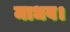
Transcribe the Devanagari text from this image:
माधव।